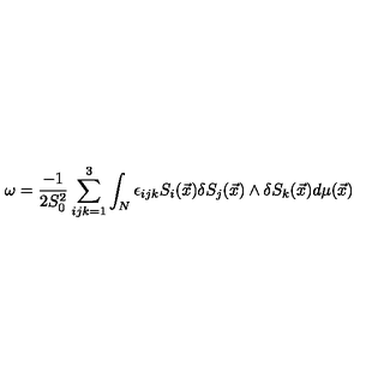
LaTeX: \omega = \frac { - 1 } { 2 S _ { 0 } ^ { 2 } } \sum _ { i j k = 1 } ^ { 3 } \int _ { N } \epsilon _ { i j k } S _ { i } ( \vec { x } ) \delta S _ { j } ( \vec { x } ) \wedge \delta S _ { k } ( \vec { x } ) d \mu ( \vec { x } )